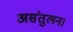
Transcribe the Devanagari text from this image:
असंतुलन।